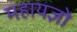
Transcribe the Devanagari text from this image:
महायज्ञो